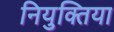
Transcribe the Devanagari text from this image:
नियुक्तिया